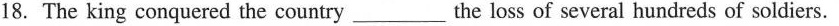
18. The king conquered the country___the loss of several hundreds of soldiers.